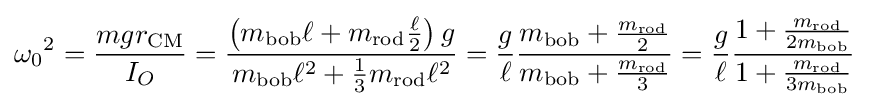
{\omega _{0}}^{2}={\frac {mgr_{\mathrm {CM} }}{I_{O}}}={\frac {\left(m_{\mathrm {bob} }\ell +m_{\mathrm {rod} }{\frac {\ell }{2}}\right)g}{m_{\mathrm {bob} }\ell ^{2}+{\frac {1}{3}}m_{\mathrm {rod} }\ell ^{2}}}={\frac {g}{\ell }}{\frac {m_{\mathrm {bob} }+{\frac {m_{\mathrm {rod} }}{2}}}{m_{\mathrm {bob} }+{\frac {m_{\mathrm {rod} }}{3}}}}={\frac {g}{\ell }}{\frac {1+{\frac {m_{\mathrm {rod} }}{2m_{\mathrm {bob} }}}}{1+{\frac {m_{\mathrm {rod} }}{3m_{\mathrm {bob} }}}}}